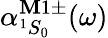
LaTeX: \alpha_{^1S_{0}}^{\mathbf{M}1\pm}(\omega)